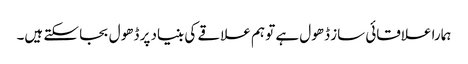
ہمارا علاقائی ساز ڈھول ہے تو ہم علاقے کی بنیاد پر ڈھول بجا سکتے ہیں۔